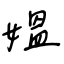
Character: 媼